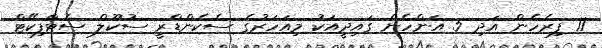
11 ފިރެހެން އަދި 5 އަންހެން ގައިދީއަކު މިއަހަރުގެ ސެކެންޑްރީ ސުކޫލް ސެޓްފިކޭޓް